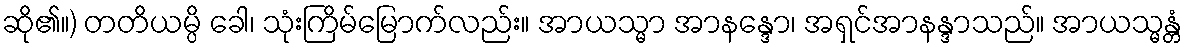
ဆို၏။) တတိယမ္ပိ ခေါ၊ သုံးကြိမ်မြောက်လည်း။ အာယသ္မာ အာနန္ဒော၊ အရှင်အာနန္ဒာသည်။ အာယသ္မန္တံ